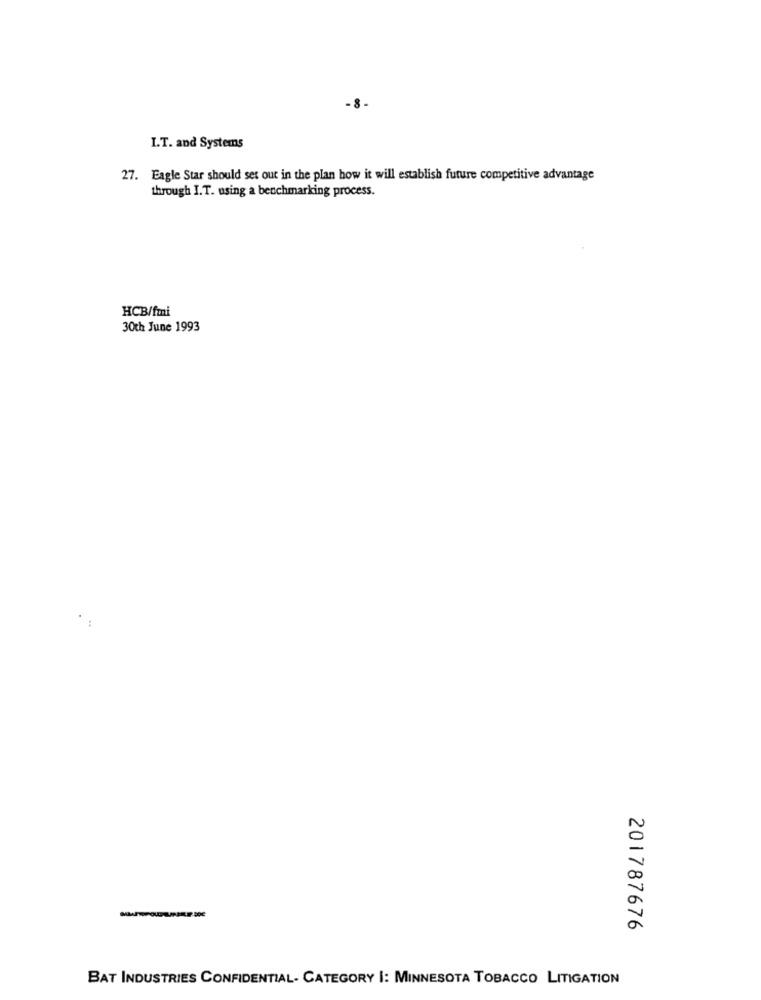
-8.
I.T. and Systems
27. Eagle Star should set out in the plan how it will establish future competitive advantage
through I.T. using a benchmarking process.
HCB/fmi
30th June 1993
201787676
BAT INDUSTRIES CONFIDENTIAL- CATEGORY |: MINNESOTA TOBACCO LITIGATION